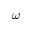
\omega